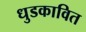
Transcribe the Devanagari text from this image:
धुडकावित